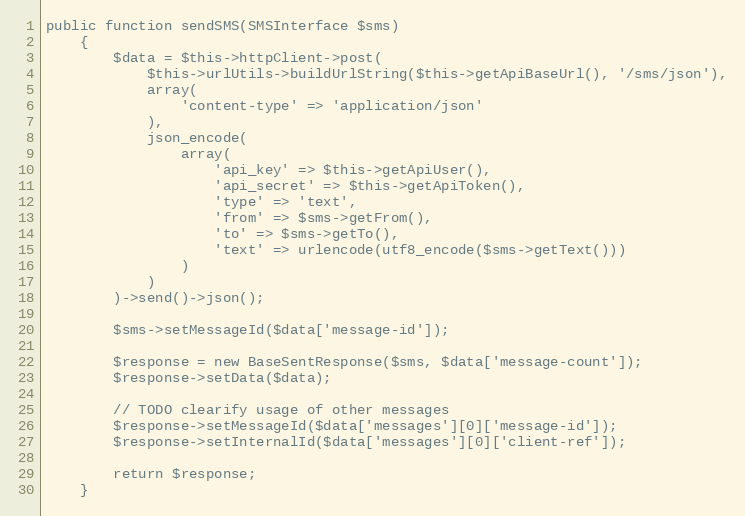
Language: PHP
public function sendSMS(SMSInterface $sms)
    {
        $data = $this->httpClient->post(
            $this->urlUtils->buildUrlString($this->getApiBaseUrl(), '/sms/json'),
            array(
                'content-type' => 'application/json'
            ),
            json_encode(
                array(
                    'api_key' => $this->getApiUser(),
                    'api_secret' => $this->getApiToken(),
                    'type' => 'text',
                    'from' => $sms->getFrom(),
                    'to' => $sms->getTo(),
                    'text' => urlencode(utf8_encode($sms->getText()))
                )
            )
        )->send()->json();

        $sms->setMessageId($data['message-id']);

        $response = new BaseSentResponse($sms, $data['message-count']);
        $response->setData($data);

        // TODO clearify usage of other messages
        $response->setMessageId($data['messages'][0]['message-id']);
        $response->setInternalId($data['messages'][0]['client-ref']);

        return $response;
    }